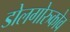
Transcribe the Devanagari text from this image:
डोलगोरुकोव